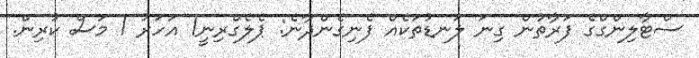
ސްޓާލިންގްގެ ފަރާތުން ގިނަ ލަނޑުތަކެއް ފެނިގެންދާނެ: ޕެލެގްރިނީ1 އަހަރު 1 މަސް ކުރިން.